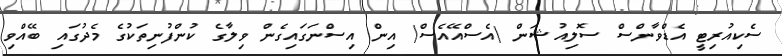
ސެކިއުރިޓީ އެޑްވާންސް ސޮލިއުޝަން (އެސްއޭއެސް) އިން އިސްނަގައިގެން ވިލާގެ ކުންފުނިތަކުގެ މެދުގައި ބޭއްވި